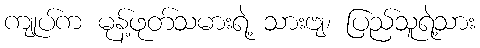
ကျုပ်က မုန့်ဖုတ်သမားရဲ့ သားဗျ၊ ပြည်သူရဲ့သား